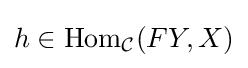
h\in {\text{Hom}}_{\mathcal {C}}(FY,X)